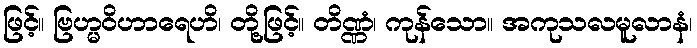
ဖြင့်။ ဗြဟ္မဝိဟာရေဟိ၊ တို့ဖြင့်။ တိဏ္ဏံ၊ ကုန်သော။ အကုသလမူလာနံ၊